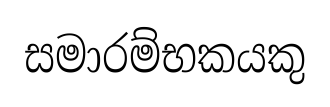
සමාරම්භකයකු